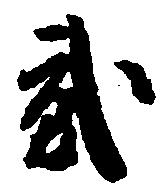
弐